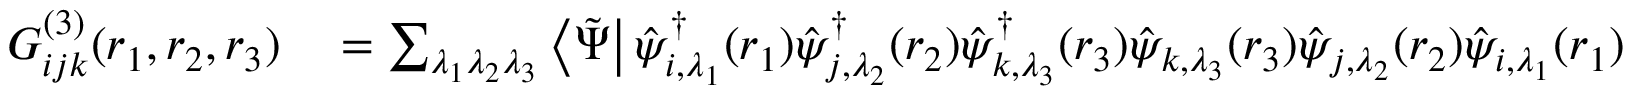
\begin{array} { r l } { G _ { i j k } ^ { ( 3 ) } ( \boldsymbol { r } _ { 1 } , \boldsymbol { r } _ { 2 } , \boldsymbol { r } _ { 3 } ) } & { { } = \sum _ { \lambda _ { 1 } \lambda _ { 2 } \lambda _ { 3 } } \left\langle \tilde { \Psi } \right| \hat { \psi } _ { i , \lambda _ { 1 } } ^ { \dagger } ( \boldsymbol { r } _ { 1 } ) \hat { \psi } _ { j , \lambda _ { 2 } } ^ { \dagger } ( \boldsymbol { r } _ { 2 } ) \hat { \psi } _ { k , \lambda _ { 3 } } ^ { \dagger } ( \boldsymbol { r } _ { 3 } ) \hat { \psi } _ { k , \lambda _ { 3 } } ( \boldsymbol { r } _ { 3 } ) \hat { \psi } _ { j , \lambda _ { 2 } } ( \boldsymbol { r } _ { 2 } ) \hat { \psi } _ { i , \lambda _ { 1 } } ( \boldsymbol { r } _ { 1 } ) \left| \tilde { \Psi } \right\rangle , } \end{array}